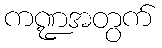
ကဏ္ဍအတွက်